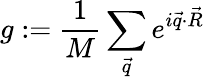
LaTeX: g:=\frac{1}{M}\sum_{\vec{q}}e^{i\vec{q}\cdot\vec{R}}